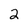
Character: 2